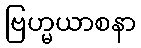
ဗြဟ္မယာစနာ